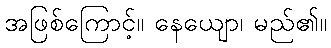
အဖြစ်ကြောင့်။ နေယျော၊ မည်၏။